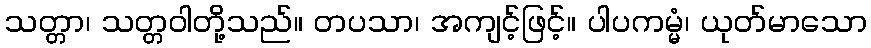
သတ္တာ၊ သတ္တဝါတို့သည်။ တပသာ၊ အကျင့်ဖြင့်။ ပါပကမ္မံ၊ ယုတ်မာသော